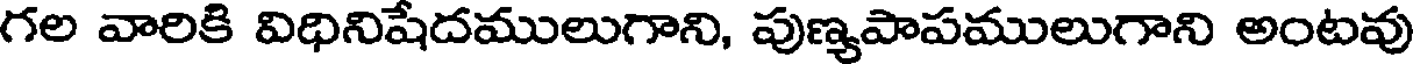
గల వారికి విధినిషేదములుగాని, పుణ్యపాపములుగాని అంటవు